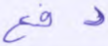
دفع